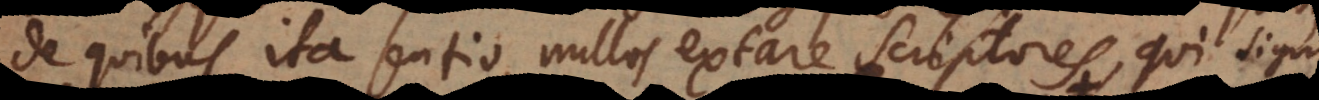
de quibus ita sentio, nullos extare scriptores, qui